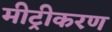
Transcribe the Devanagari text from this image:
मीट्रीकरण